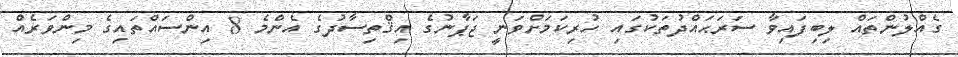
ގެއްލުންތައް ލިބިފައިވާ ސަރަޙައްދުތަކުގައި ހުރިކަމަށްވަނީ ޖަޕާނުގެ އިޤްތިސާދުގެ އެންމެ 8 އިންސައްތައިގެ މިންވަރެއް